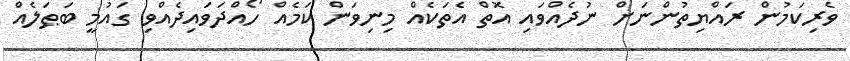
ވެރިކަމުން ރައްޔިތުންނަށް ނުދެއްވައި އޮތް އެތަކެއް މިނިވަން ކަމެއް ހޯއްދަވައިދެއްވި ގައުމީ ބަޠަލެއް